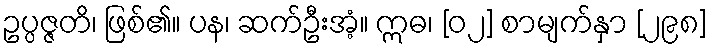
ဥပ္ပဇ္ဇတိ၊ ဖြစ်၏။ ပန၊ ဆက်ဦးအံ့။ ဣဓ၊ [၀၂] စာမျက်နှာ [၂၉၈]